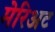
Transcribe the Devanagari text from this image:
मेरिअट